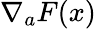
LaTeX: \nabla_{a}F(x)